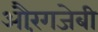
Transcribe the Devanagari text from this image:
औरंगजेबी